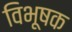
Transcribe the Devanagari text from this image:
विभूषक